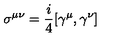
\sigma ^ { \mu \nu } = \frac { i } { 4 } [ \gamma ^ { \mu } , \gamma ^ { \nu } ] \label 7